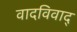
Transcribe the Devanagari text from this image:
वादविवाद्